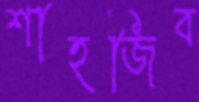
শাহজিব